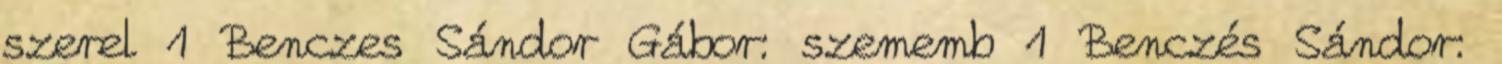
szerel 1 Benczes Sándor Gábor: szememb 1 Benczés Sándor: